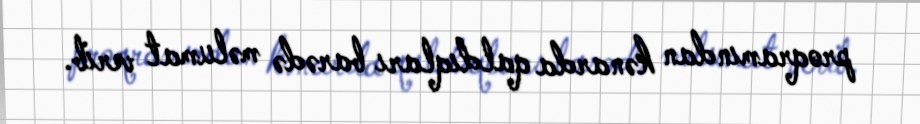
proqramından kənarda qaldıqları barədə məlumat verib.